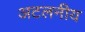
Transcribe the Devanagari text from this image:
अटलनीय